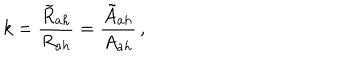
k = \frac { { \tilde { R } } _ { a h } } { R _ { a h } } = \frac { { \tilde { A } } _ { a h } } { A _ { a h } } \, ,